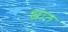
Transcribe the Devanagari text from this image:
स्रात